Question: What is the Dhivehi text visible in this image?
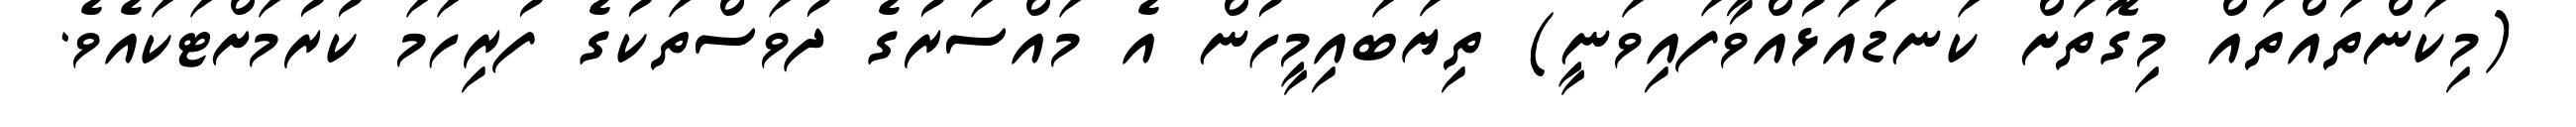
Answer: (މިކަންތައްތައް މިގޮތަށް ކަނޑައަޅުއްވާފައިވަނީ) ތިޔަބައިމީހުން އެ މައްސަރުގެ ދުވަސްތަކުގެ ފުރިހަމަ ކުރުމަށްޓަކައެވެ.